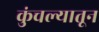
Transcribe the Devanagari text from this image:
कुंचल्यातून